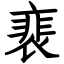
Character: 裵